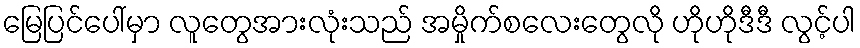
မြေပြင်ပေါ်မှာ လူတွေအားလုံးသည် အမှိုက်စလေးတွေလို ဟိုဟိုဒီဒီ လွင့်ပါ